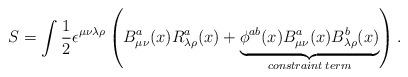
LaTeX: \begin{align*}S = \int \frac{1}{2} \epsilon^{\mu\nu\lambda\rho}\left( B^a_{\mu\nu}(x)R^a_{\lambda\rho}(x) + \underbrace{ \phi^{ab}(x)B^a_{\mu\nu}(x)B^b_{\lambda\rho}(x)}_{constraint\: term} \right).\end{align*}